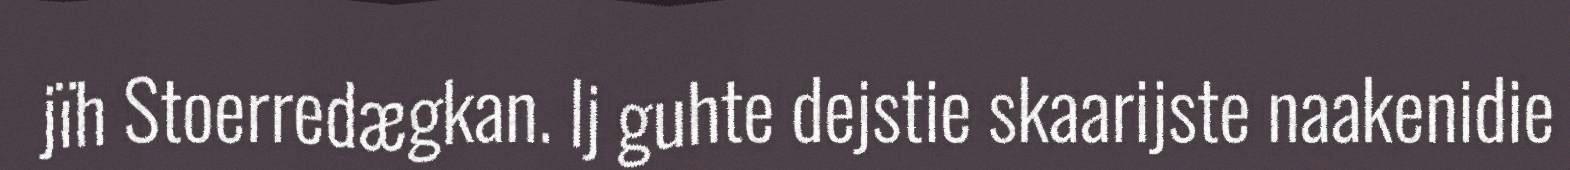
jïh Stoerredægkan. Ij guhte dejstie skaarijste naakenidie